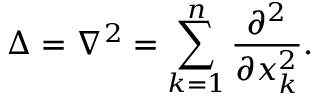
\Delta = \nabla ^ { 2 } = \sum _ { k = 1 } ^ { n } { \frac { \partial ^ { 2 } } { \partial x _ { k } ^ { 2 } } } .